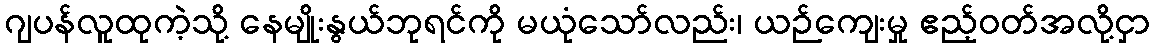
ဂျပန်လူထုကဲ့သို့ နေမျိုးနွယ်ဘုရင်ကို မယုံသော်လည်း၊ ယဉ်ကျေးမှု ဧည့်ဝတ်အလို့ငှာ